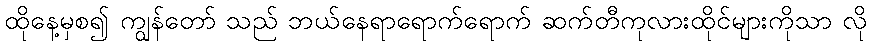
ထိုနေ့မှစ၍ ကျွန်တော် သည် ဘယ်နေရာရောက်ရောက် ဆက်တီကုလားထိုင်များကိုသာ လို